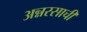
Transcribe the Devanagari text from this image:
अन्नरसाची